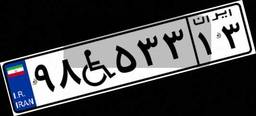
۹۸W۵۳۳۱۳